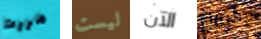
مررت ليست الآن لإجتماع